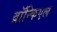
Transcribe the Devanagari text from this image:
ब्रॉन्किएल